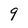
Character: 9